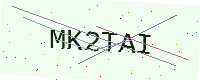
Text: MK2TAI